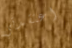
اعتقدتي